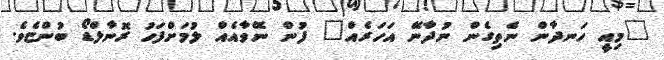
"މިއީ ހަނދާން ނެތިގެން ނުދާނޭ އަހަރެއް" ފުން ނޭވާއެއް ލުމަށްފަހު ރޮނާލްޑޯ ބުންޏެވެ.